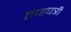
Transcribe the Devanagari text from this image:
ताड़पत्री